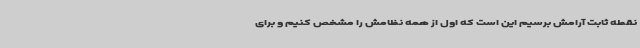
نقطه ثابت آرامش برسیم این است که اول از همه نظامش را مشخص کنیم و برای